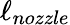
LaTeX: \ell_{nozzle}